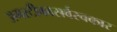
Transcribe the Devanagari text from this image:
अमरटीकासर्वस्वकार